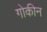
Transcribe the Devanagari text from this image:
गोकीन